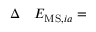
\begin{array} { r l } { \Delta } & { { } E _ { \mathrm { M S } , i a } = } \end{array}